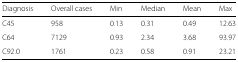
<table><thead><tr><td><b>Diagnosis</b></td><td><b>Overall cases</b></td><td><b>Min</b></td><td><b>Median</b></td><td><b>Mean</b></td><td><b>Max</b></td></tr></thead><tbody><tr><td>C45</td><td>958</td><td>0.13</td><td>0.31</td><td>0.49</td><td>12.63</td></tr><tr><td>C64</td><td>7129</td><td>0.93</td><td>2.34</td><td>3.68</td><td>93.97</td></tr><tr><td>C92.0</td><td>1761</td><td>0.23</td><td>0.58</td><td>0.91</td><td>23.21</td></tr></tbody></table>